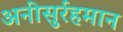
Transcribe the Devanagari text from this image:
अनीसुर्रहमान